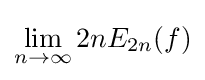
\lim _{n\to \infty }2nE_{2n}(f)